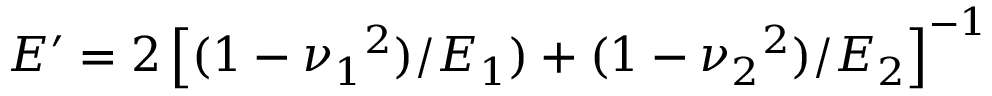
E ^ { \prime } = 2 \left[ ( 1 - { \nu _ { 1 } } ^ { 2 } ) / E _ { 1 } ) + ( 1 - { \nu _ { 2 } } ^ { 2 } ) / E _ { 2 } \right] ^ { - 1 }